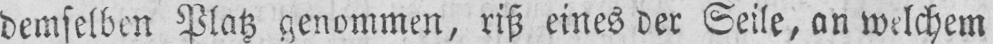
demselben Platz genommen, riß eines der Seile, an welchem